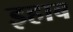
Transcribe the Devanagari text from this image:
इहाब